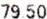
79.50